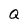
Character: Q